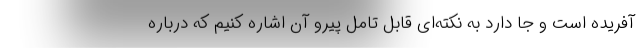
آفریده است و جا دارد به نکته‌ای قابل تامل پیرو آن اشاره کنیم که درباره